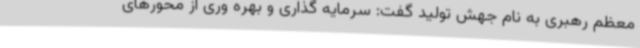
معظم رهبری به نام جهش تولید گفت: سرمایه گذاری و بهره وری از محورهای